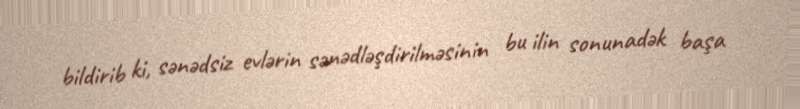
bildirib ki, sənədsiz evlərin sənədləşdirilməsinin bu ilin sonunadək başa